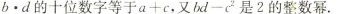
b \codt d$$的十位数字等于$$a + c$$， $$b d - c^{2}$$是2的整数幂.